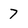
Character: 7